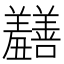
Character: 𫅡